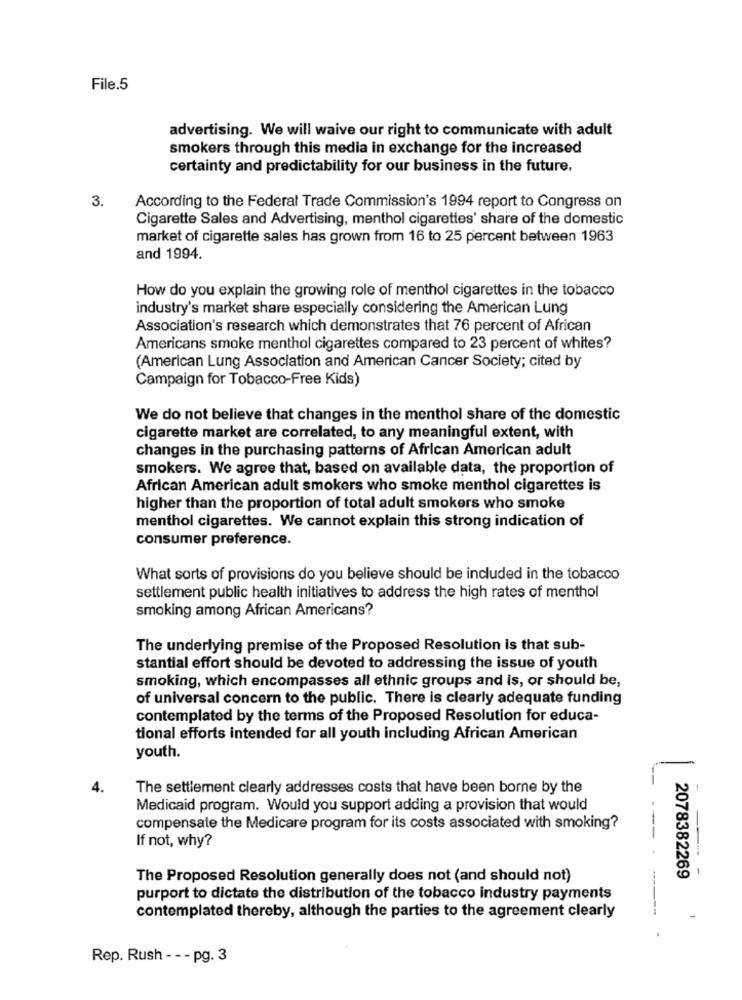
File.5
advertising. We will waive our right to communicate with adult
smokers through this media in exchange for the increased
certainty and predictability for our business in the future.
3.
According to the Federal Trade Commission's 1994 report to Congress on
Cigarette Sales and Advertising, menthol cigarettes' share of the domestic
market of cigarette sales has grown from 16 to 25 percent between 1963
and 1994.
How do you explain the growing role of menthol cigarettes in the tobacco
industry's market share especially considering the American Lung
Association's research which demonstrates that 76 percent of African
Americans smoke menthol cigarettes compared to 23 percent of whites?
(American Lung Association and American Cancer Society; cited by
Campaign for Tobacco-Free Kids)
We do not believe that changes in the menthol share of the domestic
cigarette market are correlated, to any meaningful extent, with
changes in the purchasing patterns of African American adult
smokers. We agree that, based on available data, the proportion of
African American adult smokers who smoke menthol cigarettes is
higher than the proportion of total adult smokers who smoke
menthol cigarettes. We cannot explain this strong indication of
consumer preference.
What sorts of provisions do you believe should be included in the tobacco
settlement public health initiatives to address the high rates of menthol
smoking among African Americans?
The underlying premise of the Proposed Resolution is that sub-
stantial effort should be devoted to addressing the issue of youth
smoking, which encompasses all ethnic groups and is, or should be,
of universal concern to the public. There is clearly adequate funding
contemplated by the terms of the Proposed Resolution for educa-
tional efforts intended for all youth including African American
youth.
4.
The settlement clearly addresses costs that have been borne by the
-
Medicaid program. Would you support adding a provision that would
compensate the Medicare program for its costs associated with smoking?
If not, why?
---.
The Proposed Resolution generally does not (and should not)
2078382269
purport to dictate the distribution of the tobacco industry payments
contemplated thereby, although the parties to the agreement clearly
Rep. Rush - -- pg. 3